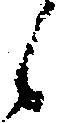
候